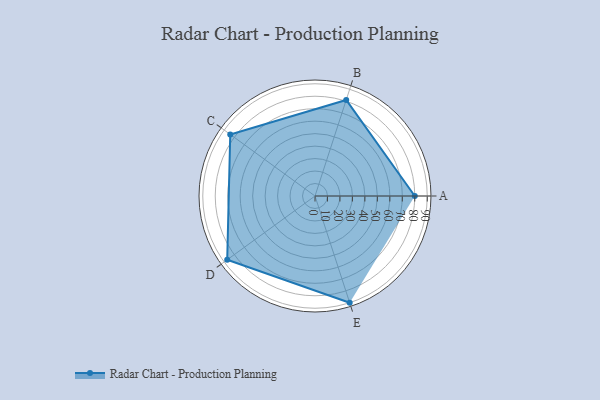
{"axis": {"x": "Skill", "y": "Score"}, "legend": ["Profile"], "data": [{"x": "A", "y": 80.0, "type": "Profile"}, {"x": "B", "y": 81.0, "type": "Profile"}, {"x": "C", "y": 84.0, "type": "Profile"}, {"x": "D", "y": 87.0, "type": "Profile"}, {"x": "E", "y": 90.0, "type": "Profile"}]}